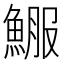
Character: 𩸤